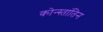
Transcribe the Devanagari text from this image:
कोन्स्तांतिन